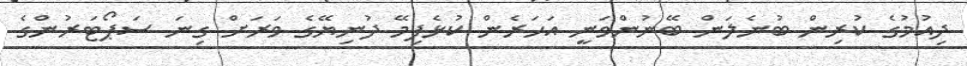
ދިއުމުގެ ކުރިން ބުނެލަން ބޭނުންވަނީ އަހަރެން ކުޅެފިމޭ ދުނިޔޭގެ ވަރަށް ގިނަ ސަޕޯޓަރުންގެ